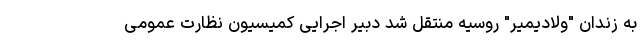
به زندان "ولادیمیر" روسیه منتقل شد دبیر اجرایی کمیسیون نظارت عمومی